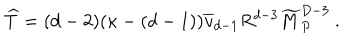
{ \widehat T } = ( d - 2 ) ( \kappa - ( d - 1 ) ) { \overline { { v } } } _ { d - 1 } R ^ { d - 3 } { \widetilde M } _ { P } ^ { D - 3 } ~ .